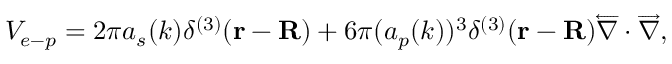
V _ { e - p } = 2 \pi a _ { s } ( k ) \delta ^ { ( 3 ) } ( \mathbf { r } - \mathbf { R } ) + 6 \pi ( a _ { p } ( k ) ) ^ { 3 } \delta ^ { ( 3 ) } ( \mathbf { r } - \mathbf { R } ) \overleftarrow { \nabla } \cdot \overrightarrow { \nabla } ,